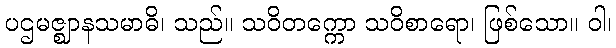
ပဌမဇ္ဈာနသမာဓိ၊ သည်။ သဝိတက္ကော သဝိစာရော၊ ဖြစ်သော။ ဝါ၊